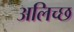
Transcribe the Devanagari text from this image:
अलिच्छ